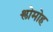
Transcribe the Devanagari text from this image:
श्लोमोह